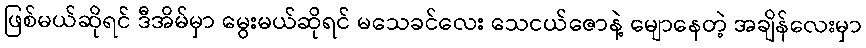
ဖြစ်မယ်ဆိုရင် ဒီအိမ်မှာ မွေးမယ်ဆိုရင် မသေခင်လေး သေငယ်ဇောနဲ့ မျောနေတဲ့ အချိန်လေးမှာ